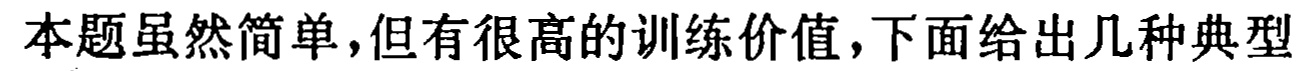
本题虽然简单,但有很高的训练价值,下面给出几种典型